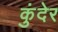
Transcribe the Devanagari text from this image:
कुंदेर